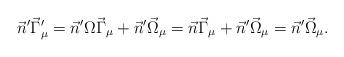
LaTeX: \begin{align*}\vec{n}^\prime\vec{\Gamma}_\mu^\prime=\vec{n}^\prime\Omega\vec{\Gamma}_\mu+\vec{n}^\prime\vec{\Omega}_\mu=\vec{n}\vec{\Gamma}_\mu+\vec{n}^\prime\vec{\Omega}_\mu=\vec{n}^\prime\vec{\Omega}_\mu.\end{align*}